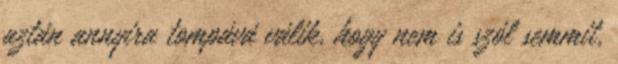
aztán annyira tompává válik, hogy nem is szól semmit,